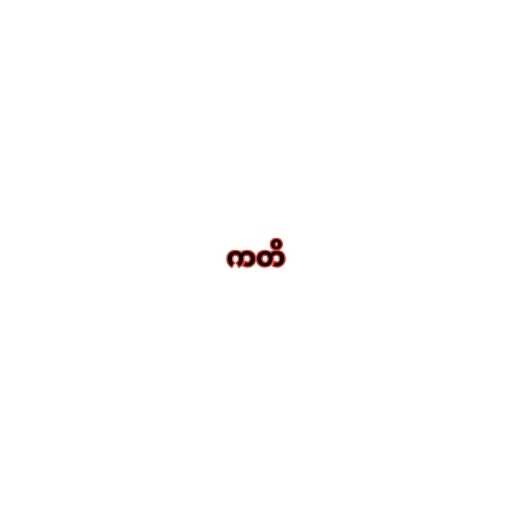
ကတိ